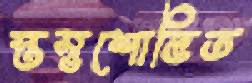
স্তম্ভশোভিত